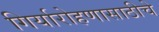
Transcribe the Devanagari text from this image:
गिर्यारोहणासाठीचे